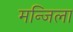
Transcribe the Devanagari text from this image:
मन्जिला